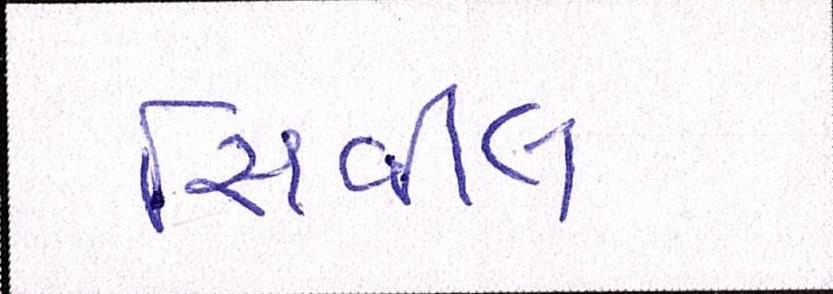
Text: સિવીલ